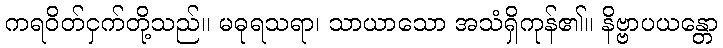
ကရဝိတ်ငှက်တို့သည်။ မဓုရသရာ၊ သာယာသော အသံရှိကုန်၏။ နိဗ္ဗာပယန္တော